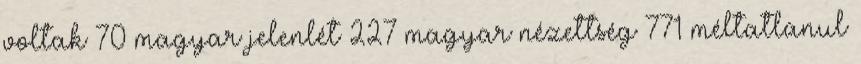
voltak 70 magyar jelenlét 227 magyar nézettség 771 méltatlanul